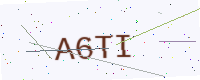
Text: A6TI